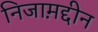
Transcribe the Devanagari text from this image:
निजाम़द्दीन